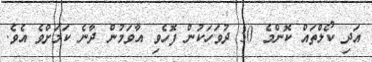
އަދި ކޯލްތައް ކޮންމެ 30 ދުވަހަކުން ފޮހެވި އާވަމުން ދާނެ ކަމަށްވެ އެވެ.